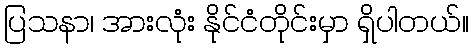
ပြသနာ၊ အားလုံး နိုင်ငံတိုင်းမှာ ရှိပါတယ်။